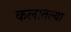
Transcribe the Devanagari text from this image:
कलातल्या